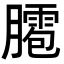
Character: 𦡕